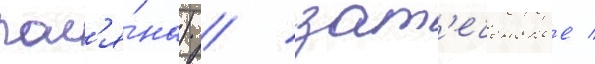
пол'я́на) / зат'еченское /